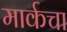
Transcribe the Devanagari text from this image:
मार्कचा